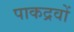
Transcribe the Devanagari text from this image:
पाकद्रवों